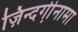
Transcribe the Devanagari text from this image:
ज़िन्दगी़नामा